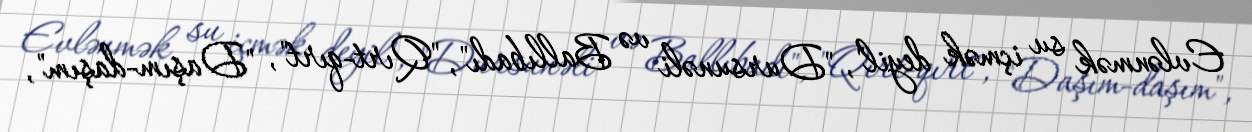
Evlənmək su içmək deyil", "Dursunəli və Ballıbadı", "Qırt-qırt", "Daşım-daşım",